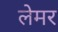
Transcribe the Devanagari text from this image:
लेमर